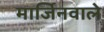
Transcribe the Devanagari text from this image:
मार्जिनवाले